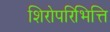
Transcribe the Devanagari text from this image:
शिरोपरिभित्ति